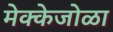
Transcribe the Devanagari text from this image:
मेक्केजोळा